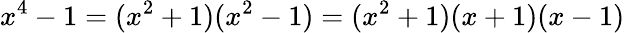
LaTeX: x^{4}-1=(x^{2}+1)(x^{2}-1)=(x^{2}+1)(x+1)(x-1)